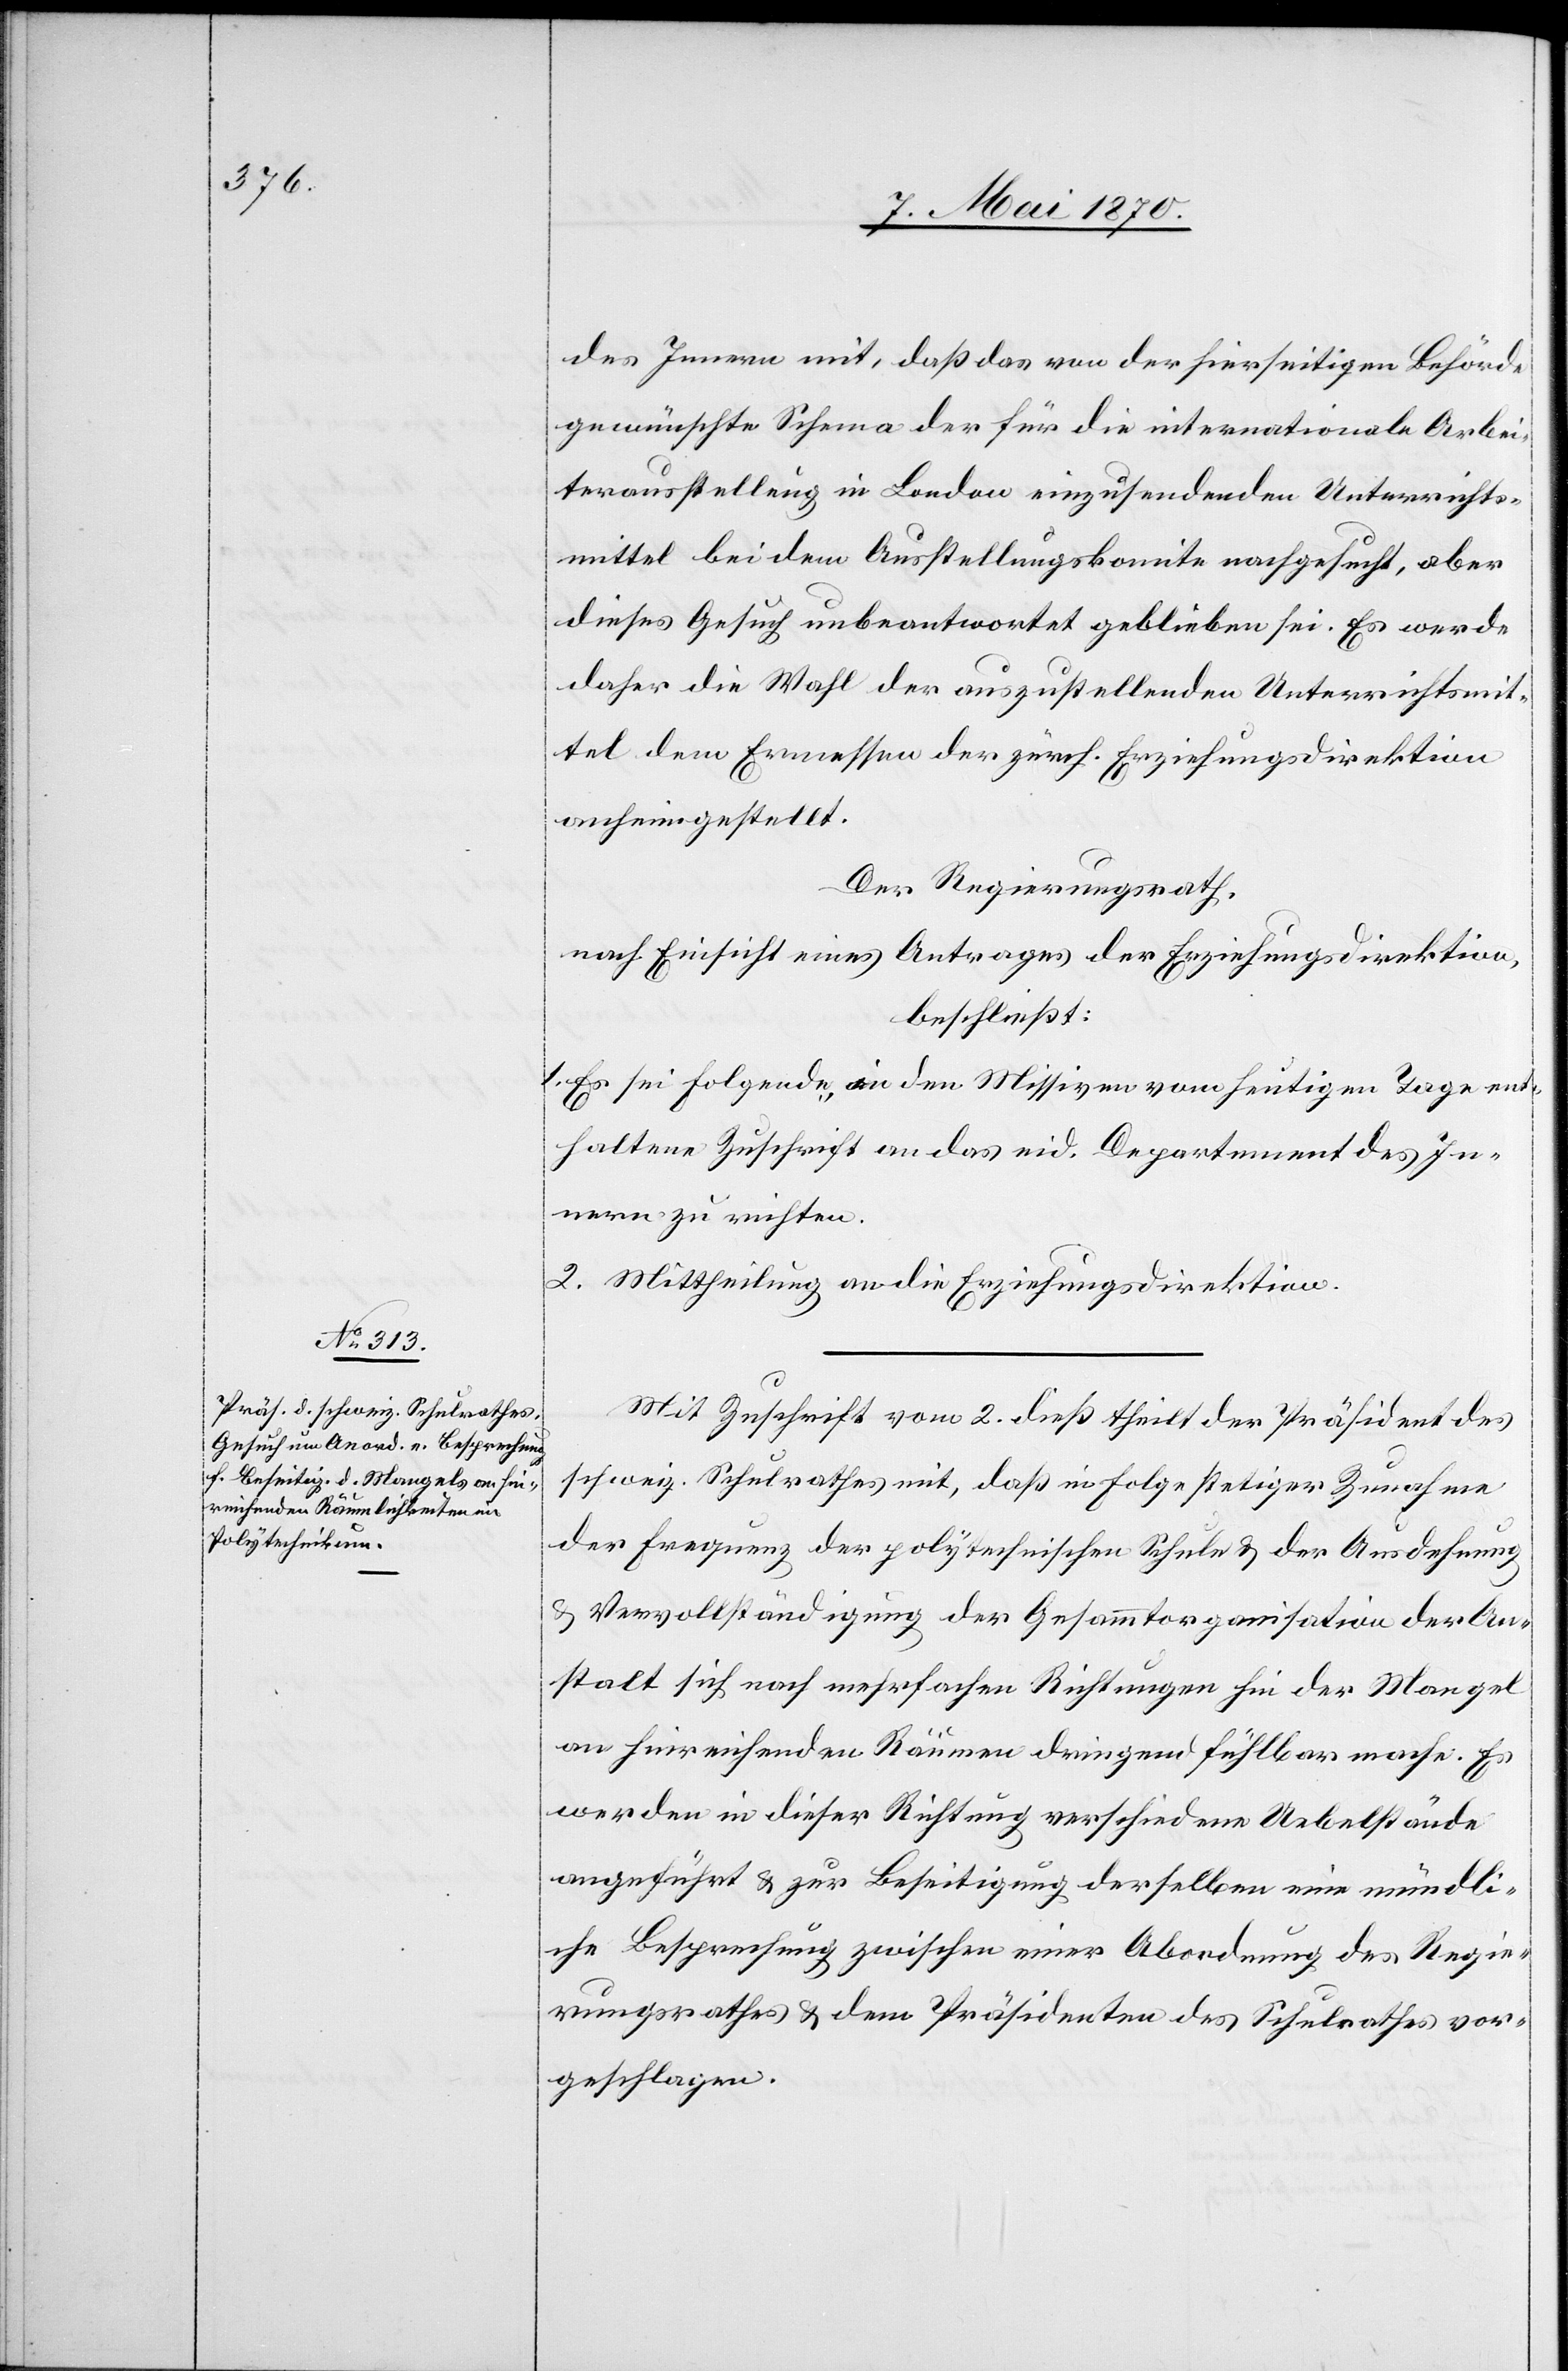
des Innern mit, daß das von der hierseitigen Behörde
gewünschte Schema der für die internationale Arbei¬
terausstellung in London einzusendenden Unterrichts¬
mittel bei dem Ausstellungskomite nachgesucht, aber
dieses Gesuch unbeantwortet geblieben sei. Es werde
daher die Wahl der auszustellenden Unterrichtsmit¬
tel dem Ermessen der zürch. Erziehungsdirektion
anheimgestellt.
Der Regierungsrath,
nach Einsicht eines Antrages der Erziehungsdirektion,
beschließt:
1. Es sei folgende, in den Missiven vom heutigen Tage ent¬
haltende Zuschrift an das eid. Departement des In¬
nern zu richten.
2. Mittheilung an die Erziehungsdirektion.
Mit Zuschrift vom 2. dieß theilt der Präsident des
schweiz. Schulrathes mit, daß in Folge stetiger Zunahme
der Frequenz der polytechnischen Schule & der Ausdehnung
& Vervollständigung der Gesammtorganisation der An¬
stalt sich nach mehrfachen Richtungen hin der Mangel
an hinreichenden Räumen dringend fühlbar mache. Es
werden in dieser Richtung verschiedene Uebelstände
angeführt & zur Beseitigung derselben eine mündli¬
che Besprechung zwischen einer Abordnung des Regie¬
rungsrathes & dem Präsidenten des Schulrathes vor¬
geschlagen.